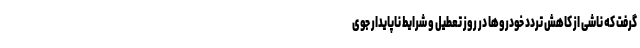
گرفت که ناشی از کاهش تردد خودروها در روز تعطیل و شرایط ناپایدار جوی